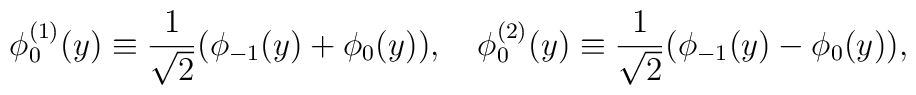
\phi^{(1)}_{0}(y)\equiv\frac{1}{\sqrt{2}}(\phi_{-1}(y)+\phi_{0}(y)), \quad \phi^{(2)}_{0}(y)\equiv\frac{1}{\sqrt{2}}(\phi_{-1}(y)-\phi_{0}(y)),